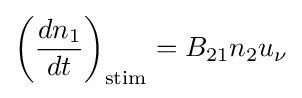
\left({\frac {dn_{1}}{dt}}\right)_{\mathrm {stim} }=B_{21}n_{2}u_{\nu }